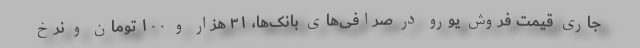
جاری قیمت فروش یورو در صرافی‌های بانک‌ها، ۳۱ هزار و ۱۰۰ تومان و نرخ